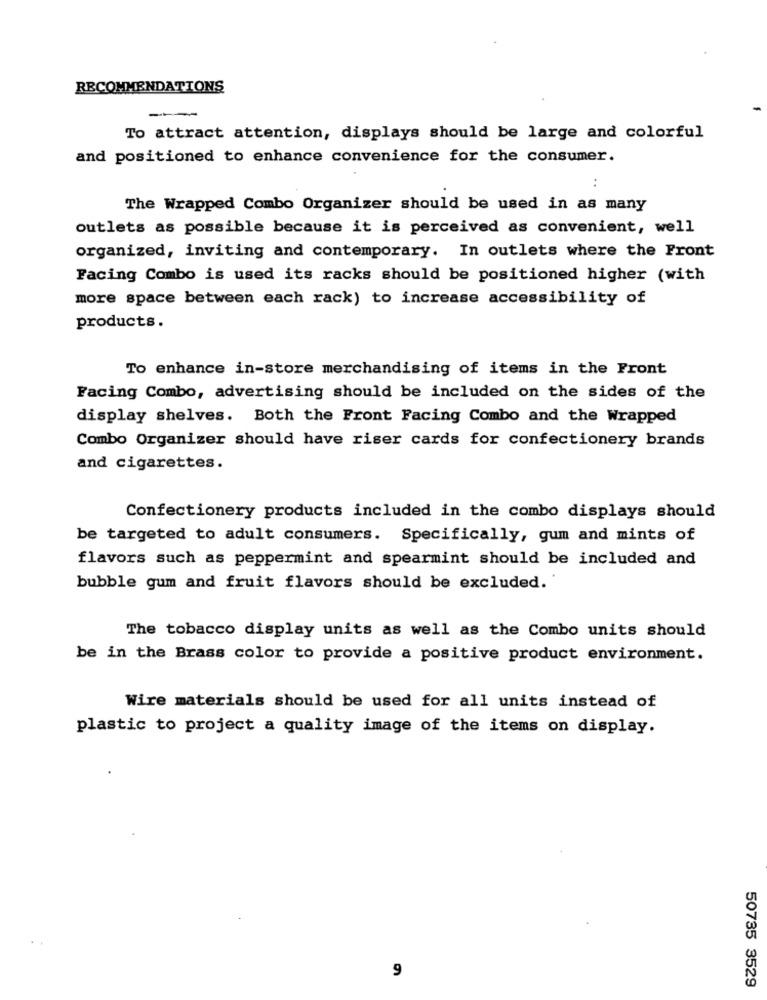
RECOMMENDATIONS
----
To attract attention, displays should be large and colorful
and positioned to enhance convenience for the consumer.
:
The Wrapped Combo Organizer should be used in as many
outlets as possible because it is perceived as convenient, well
organized, inviting and contemporary. In outlets where the Front
Facing Combo is used its racks should be positioned higher (with
more space between each rack) to increase accessibility of
products.
To enhance in-store merchandising of items in the Front
Facing Combo, advertising should be included on the sides of the
display shelves. Both the Front Facing Combo and the Wrapped
Combo Organizer should have riser cards for confectionery brands
and cigarettes.
Confectionery products included in the combo displays should
be targeted to adult consumers. Specifically, gum and mints of
flavors such as peppermint and spearmint should be included and
bubble gum and fruit flavors should be excluded.
The tobacco display units as well as the Combo units should
be in the Brass color to provide a positive product environment.
Wire materials should be used for all units instead of
plastic to project a quality image of the items on display.
9
50735 3529